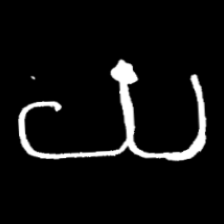
Pyu character \u2014 Myanmar letter: ယ (romanized: ya)